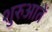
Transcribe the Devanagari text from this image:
शुरुआतें